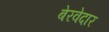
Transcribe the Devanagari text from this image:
बेरवेदार